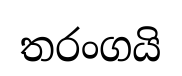
තරංගයි